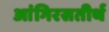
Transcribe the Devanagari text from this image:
आंगिरसतीर्थ